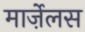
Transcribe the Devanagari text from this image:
मार्ज़ेलस